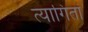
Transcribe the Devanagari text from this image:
त्यागितां